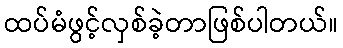
ထပ်မံဖွင့်လှစ်ခဲ့တာဖြစ်ပါတယ်။